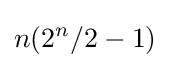
n(2^{n}/2-1)